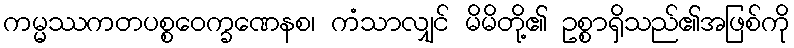
ကမ္မဿကတပစ္စဝေက္ခဏေနစ၊ ကံသာလျှင် မိမိတို့၏ ဥစ္စာရှိသည်၏အဖြစ်ကို